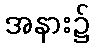
အနား၌